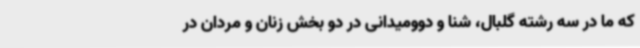
که ما در سه رشته گلبال، شنا و دوومیدانی در دو بخش زنان و مردان در